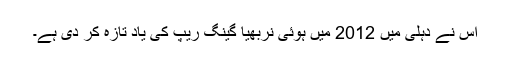
اس نے دہلی میں 2012 میں ہوئی نربھیا گینگ ریپ کی یاد تازہ کر دی ہے۔